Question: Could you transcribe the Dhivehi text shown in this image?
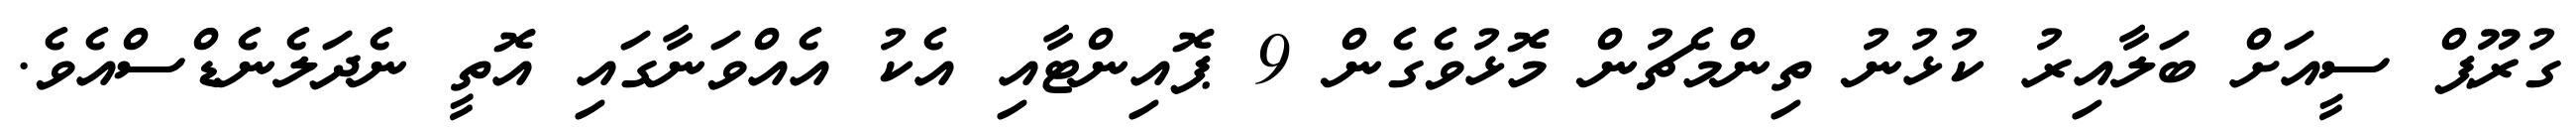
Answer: ގުރޫޕް ސީއަށް ބަލާއިރު ކުޅުނު ތިންމެޗުން މޮޅުވެގެން 9 ޕޮއިންޓާއި އެކު އެއްވަނާގައި އޮތީ ނެދަލެނެޑްސްއެވެ.